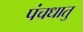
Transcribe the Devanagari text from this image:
पंचधातु